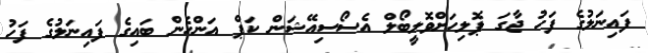
ފައިނަލުގެ ފަހު ޖާގަ ޕޮލިހަށްވޮލީބޯލް އެސޯސިއޭޝަން ކަޕް އަންހެން ބައިގެ ފައިނަލުގެ ފަހު